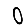
Digit: 0